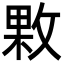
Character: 㪙